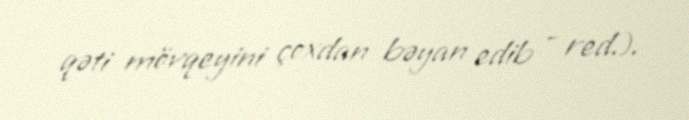
qəti mövqeyini çoxdan bəyan edib - red.).